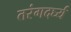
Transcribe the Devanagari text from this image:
तरंगदर्घ्य